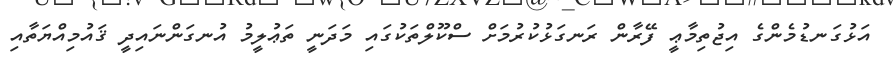
އަޅުގަނޑުމެންގެ އިޖުތިމާޢީ ފޭރާން ރަނގަޅުކުރުމަށް ސްކޫލްތަކުގައި މަދަނީ ތަޢުލީމު އުނގަންނައިދީ ޤައުމިއްޔަތާއި